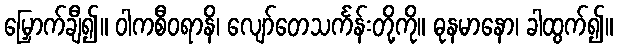
မြှောက်ချီ၍။ ဝါကစီဝရာနိ၊ လျော်တေသင်္ကန်းတို့ကို။ ဓုနမာနော၊ ခါထွက်၍။